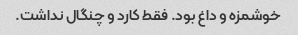
خوشمزه و داغ بود. فقط کارد و چنگال نداشت.